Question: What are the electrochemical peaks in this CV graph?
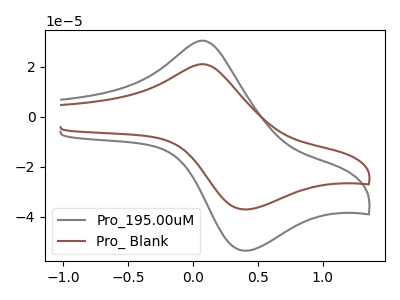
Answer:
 <answer>The gray curve "Pro_195.00uM" has an anodic peak at (0.05V, 30.50uA) and a cathodic peak at (0.40V, -53.55uA). The brown curve "Pro_ Blank" has an anodic peak at (0.05V, 21.10uA) and a cathodic peak at (0.40V, -37.05uA).</answer>
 <eval></eval>